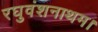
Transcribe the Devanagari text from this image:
रघुवंशनाथम।